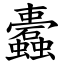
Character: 蠹